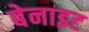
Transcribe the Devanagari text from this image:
बेनाइट